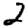
Digit: 2